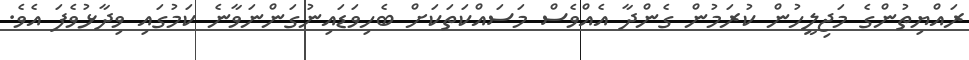
ރައްޔިތުންގެ މަޖިލީހުން ކުރަމުން ގެންދާ އެއްވެސް މަސައްކަތަކަށް ބެހިވަޑައިނުގަންނަވާނެ ކަމުގައި ވިދާޅުވެފަ އެވެ.